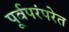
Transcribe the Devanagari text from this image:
पूर्वपरंपरेत